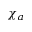
\chi _ { a }